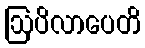
ဩပိလာပေတိ